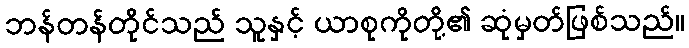
ဘန်တန်တိုင်သည် သူနှင့် ယာစုကိုတို့၏ ဆုံမှတ်ဖြစ်သည်။